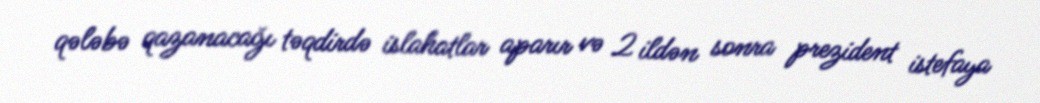
qələbə qazanacağı təqdirdə islahatlar aparır və 2 ildən sonra prezident istefaya